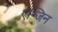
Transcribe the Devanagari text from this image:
एन्जिन